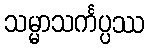
သမ္မာသင်္ကပ္ပဿ